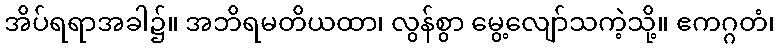
အိပ်ရရာအခါ၌။ အဘိရမတိယထာ၊ လွန်စွာ မွေ့လျော်သကဲ့သို့။ ဧကဂ္ဂတံ၊